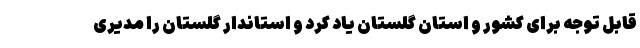
قابل توجه برای کشور و استان گلستان یاد کرد و استاندار گلستان را مدیری